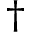
^ \dagger